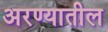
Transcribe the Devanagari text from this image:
अरण्यातील